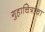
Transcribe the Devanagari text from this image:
गुहाचित्रांचा